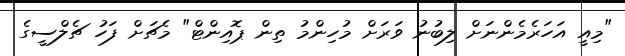
"މިއީ އަހަރެމެންނަށް ލިބުނު ވަރަށް މުހިންމު ތިން ޕޮއިންޓް" މެޗަށް ފަހު ޗެލްސީގެ